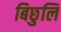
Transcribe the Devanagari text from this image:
बिछुलि